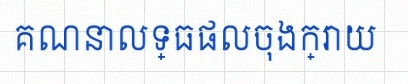
គណនាលទ្ធផលចុងក្រោយ